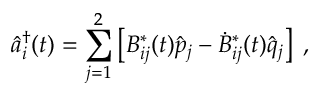
\hat { a } _ { i } ^ { \dag } ( t ) = \sum _ { j = 1 } ^ { 2 } \left[ B _ { i j } ^ { \ast } ( t ) \hat { p } _ { j } - \dot { B } _ { i j } ^ { \ast } ( t ) \hat { q } _ { j } \right] \; ,